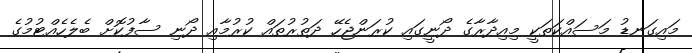
މައިގަނޑު މަސައްކަތަކީ މިއިދާރާގެ ދޯނީގައި ކުރަންޖެހޭ ދަތުރުތައް ކުރުމާއި ދޯނި ސާފުކޮށް ބެލެހެއްޓުމުގެ